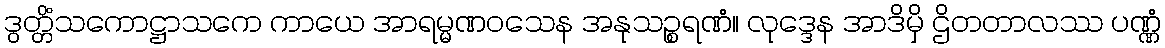
ဒွတ္တိံသကောဋ္ဌာသကေ ကာယေ အာရမ္မဏဝသေန အနုသဉ္စရဏံ။ လုဒ္ဒေန အာဒိမှိ ဌိတတာလဿ ပဏ္ဏံ